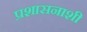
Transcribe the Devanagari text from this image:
प्रशासनाशी